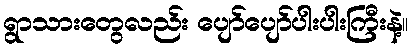
ရွာသားတွေလည်း ပျော်ပျော်ပါးပါးကြီးနဲ့။